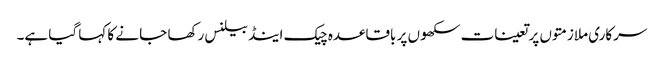
سرکاری ملازمتوں پر تعینات سکھوں پر باقاعدہ چیک اینڈ بیلنس رکھا جا نے کا کہا گیا ہے۔